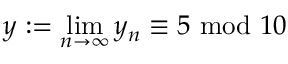
y : = \operatorname* { l i m } _ { n \to \infty } y _ { n } \equiv 5 { \mathrm { ~ m o d ~ } } 1 0